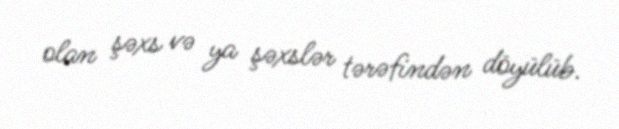
olan şəxs və ya şəxslər tərəfindən döyülüb.